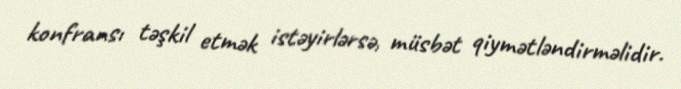
konfransı təşkil etmək istəyirlərsə, müsbət qiymətləndirməlidir.